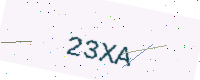
Text: 23XA